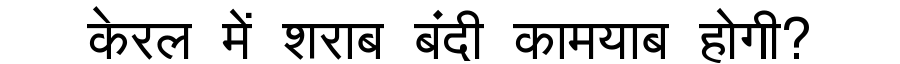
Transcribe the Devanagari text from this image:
केरल में शराब बंदी कामयाब होगी?